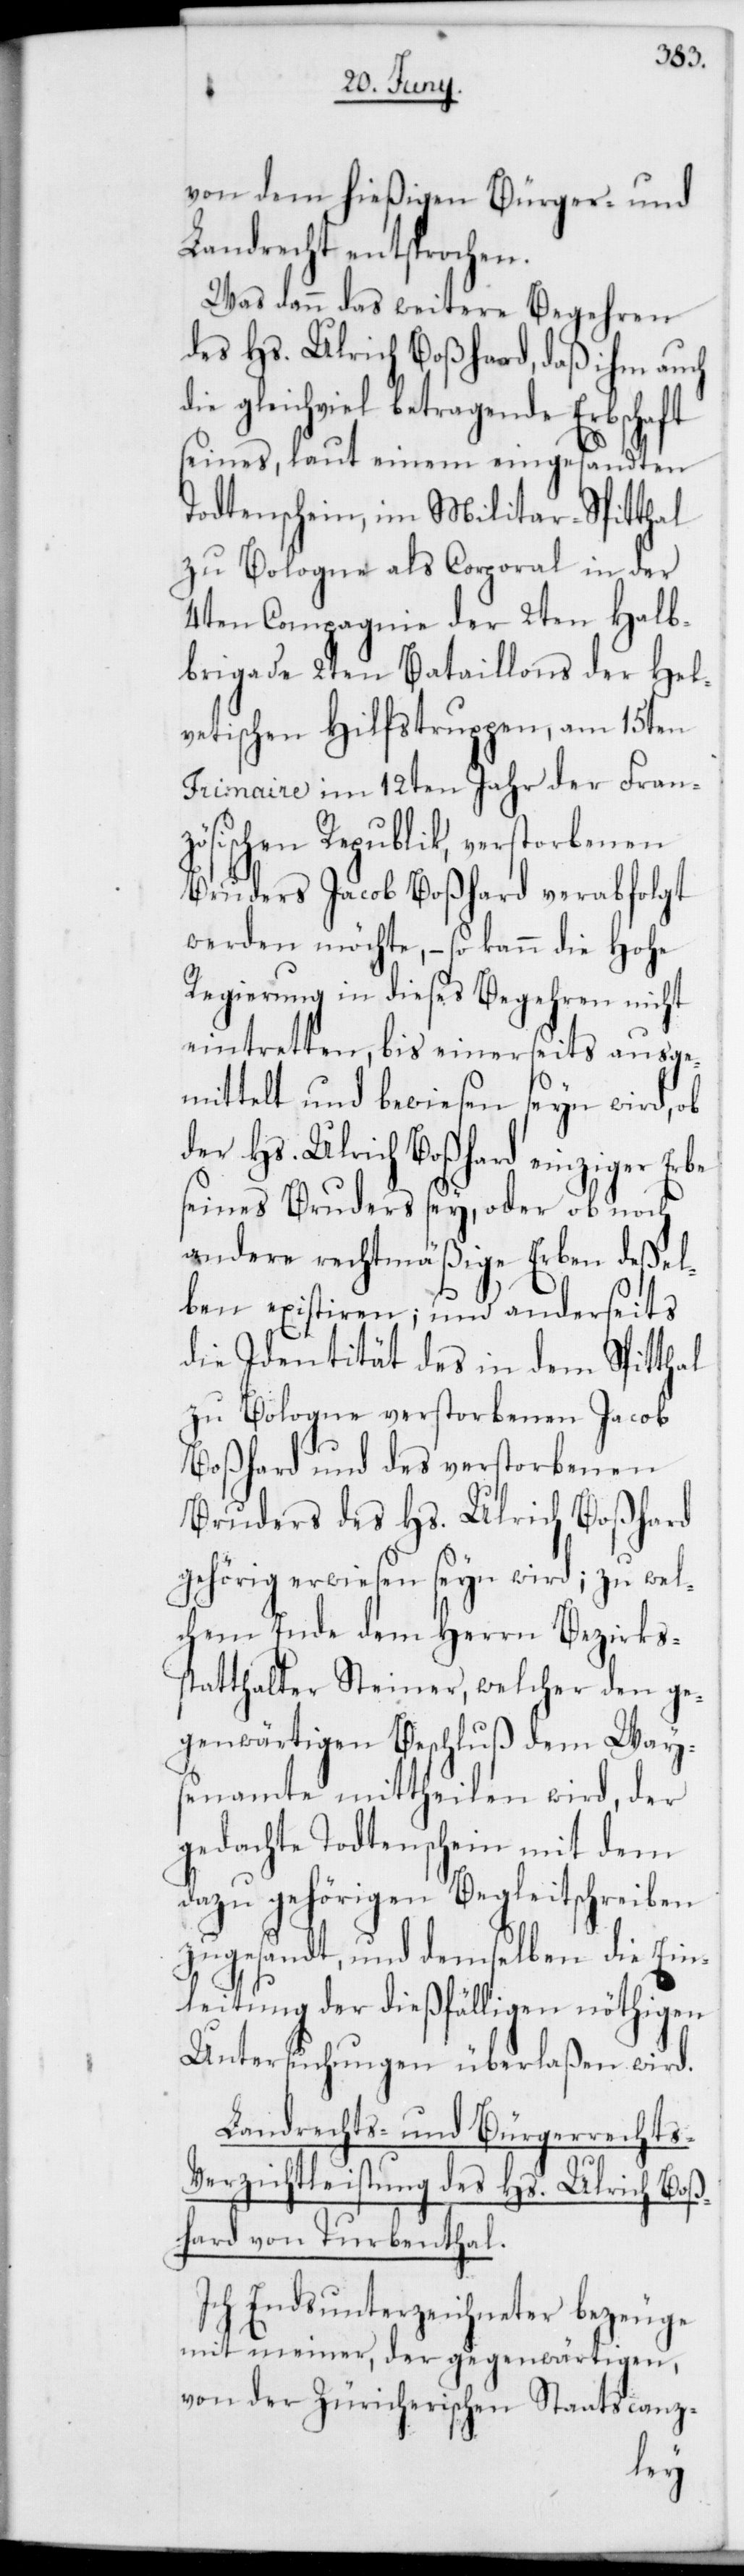
von dem hießigen Bürger- und
Landrecht entsprochen.
Was dann weitere Begehren
des Hs. Ulrich Boßhard, daß ihm auch
gleichviel betragende Erbschaft
seines, laut einem eingesandten
Todtenschein, im Militar-Spitthal
zu Bologne als Corporal in der
4ten Compagnie der 2ten Halb¬
brigade 2ten Bataillons der Hel¬
vetischen Hilfstruppen, am 15ten
Frimaire im 12ten Jahr der Fran¬
zösischen Republik, verstorbenen
Bruders Jacob Boßhard verabfolgt
werden möchte, – so kann die Hohe
Regierung in dieses Begehren nicht
eintretten, bis einerseits ausge¬
mittelt und bewiesen seyn wird, ob
der Hs. Ulrich Boßhard einziger Erbe
seines Bruders sey, oder noch
andere rechtmäßige Erben deßel¬
ben existieren; und anderseits
die Identität des in dem Spitth¬
zu Bologne verstorbenen Jacob
Boßhard und des verstorbenen
Bruders des Hs. Ulrich Boßhard
gehörig erwiesen seyn wird; zu wel¬
chem Ende dem Herrn Bezirks¬
statthalter Steiner, welcher den ge¬
genwärtigen Beschluß dem Way¬
senamte mittheilen wird, der
gedachte Todtenschein mit dem
dazu gehörigen Begleitschreiben
zugesandt, und demselben die Ein¬
leitung der dießfälligen nöthigen
Untersuchungen überlaßen wird.
Landrechts- und Bürgerrechts-V¬
erzichtleistung des Hs. Ulrich Boß¬
hard von Turbenthal.
Ich Endsunterzeichneter bezeuge
mit meiner, der gegenwärtigen,
von der Zürcherischen Staatscanz-
al